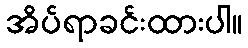
အိပ်ရာခင်းထားပါ။